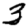
Digit: 3